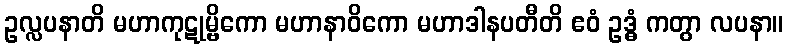
ဥလ္လပနာတိ မဟာကုဋုမ္ဗိကော မဟာနာဝိကော မဟာဒါနပတီတိ ဧဝံ ဥဒ္ဓံ ကတွာ လပနာ။